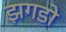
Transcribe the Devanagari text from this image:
झगडो